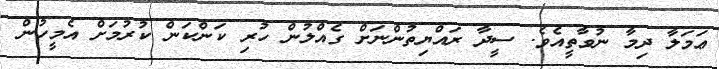
ޢަމަލާ ދިމާ ނުވާތީއެވެ. ސީދާ ރައްޔިތުންނަށް ގެއްލުން ހުރި ކަންކަން ކުރުމަށް އެމީހުން